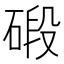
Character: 碫